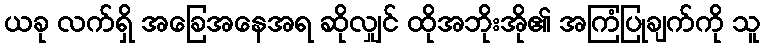
ယခု လက်ရှိ အခြေအနေအရ ဆိုလျှင် ထိုအဘိုးအို၏ အကြံပြုချက်ကို သူ